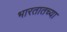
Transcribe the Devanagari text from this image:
भारतातच्या